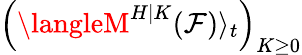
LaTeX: \left(\langleM^{H|K}(\mathcal{F})\rangle_{t}\right)_{K\geq0}